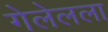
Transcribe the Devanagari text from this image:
गेलेलला